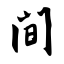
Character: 间